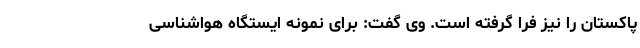
پاکستان را نیز فرا گرفته است. وی گفت: برای نمونه ایستگاه هواشناسی